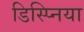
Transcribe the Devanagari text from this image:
डिस्प्निया